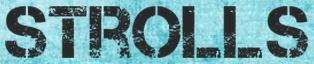
STROLLS